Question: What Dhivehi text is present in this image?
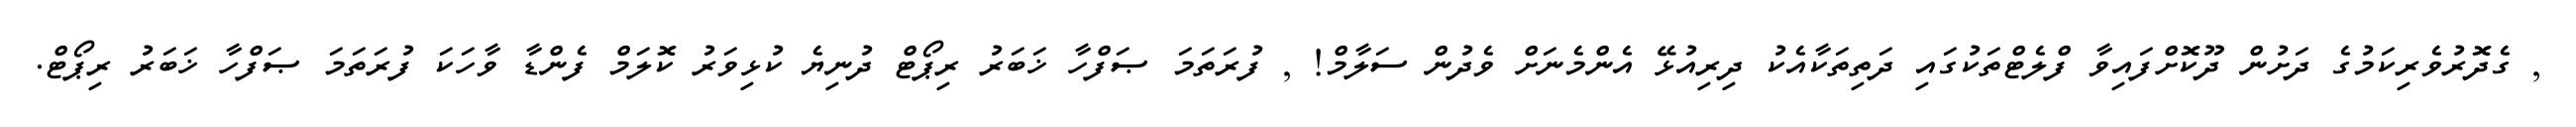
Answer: , ގެދޮރުވެރިކަމުގެ ދަށުން ދޫކޮށްފައިވާ ފްލެޓްތަކުގައި ދަތިތަކާއެކު ދިރިއުޅޭ އެންމެނަށް ވެދުން ސަލާމް! , ފުރަތަމަ ޞަފްހާ ޚަބަރު ރިޕޯޓް ދުނިޔެ ކުޅިވަރު ކޮލަމް ފެންޑާ ވާހަކަ ފުރަތަމަ ޞަފްހާ ޚަބަރު ރިޕޯޓް.